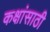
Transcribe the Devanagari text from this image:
कक्षांसाठी